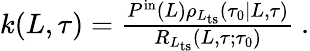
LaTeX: \begin{array}{r}{k(L,\tau)=\frac{P^{\mathrm{in}}(L)\rho_{L_{\mathrm{ts}}}(\tau_{0}|L,\tau)}{R_{L_{\mathrm{ts}}}(L,\tau;\tau_{0})}\ .}\end{array}